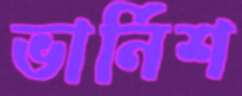
ভার্নিশ